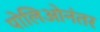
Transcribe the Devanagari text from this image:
पोलिओनंतर